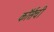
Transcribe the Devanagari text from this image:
कॉर्सची